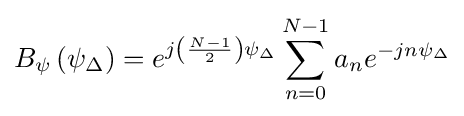
B_{\psi }\left(\psi _{\Delta }\right)=e^{j\left({\frac {N-1}{2}}\right)\psi _{\Delta }}\sum _{n=0}^{N-1}a_{n}e^{-jn\psi _{\Delta }}